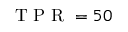
\mathrm { ~ T ~ P ~ R ~ } = 5 0 \